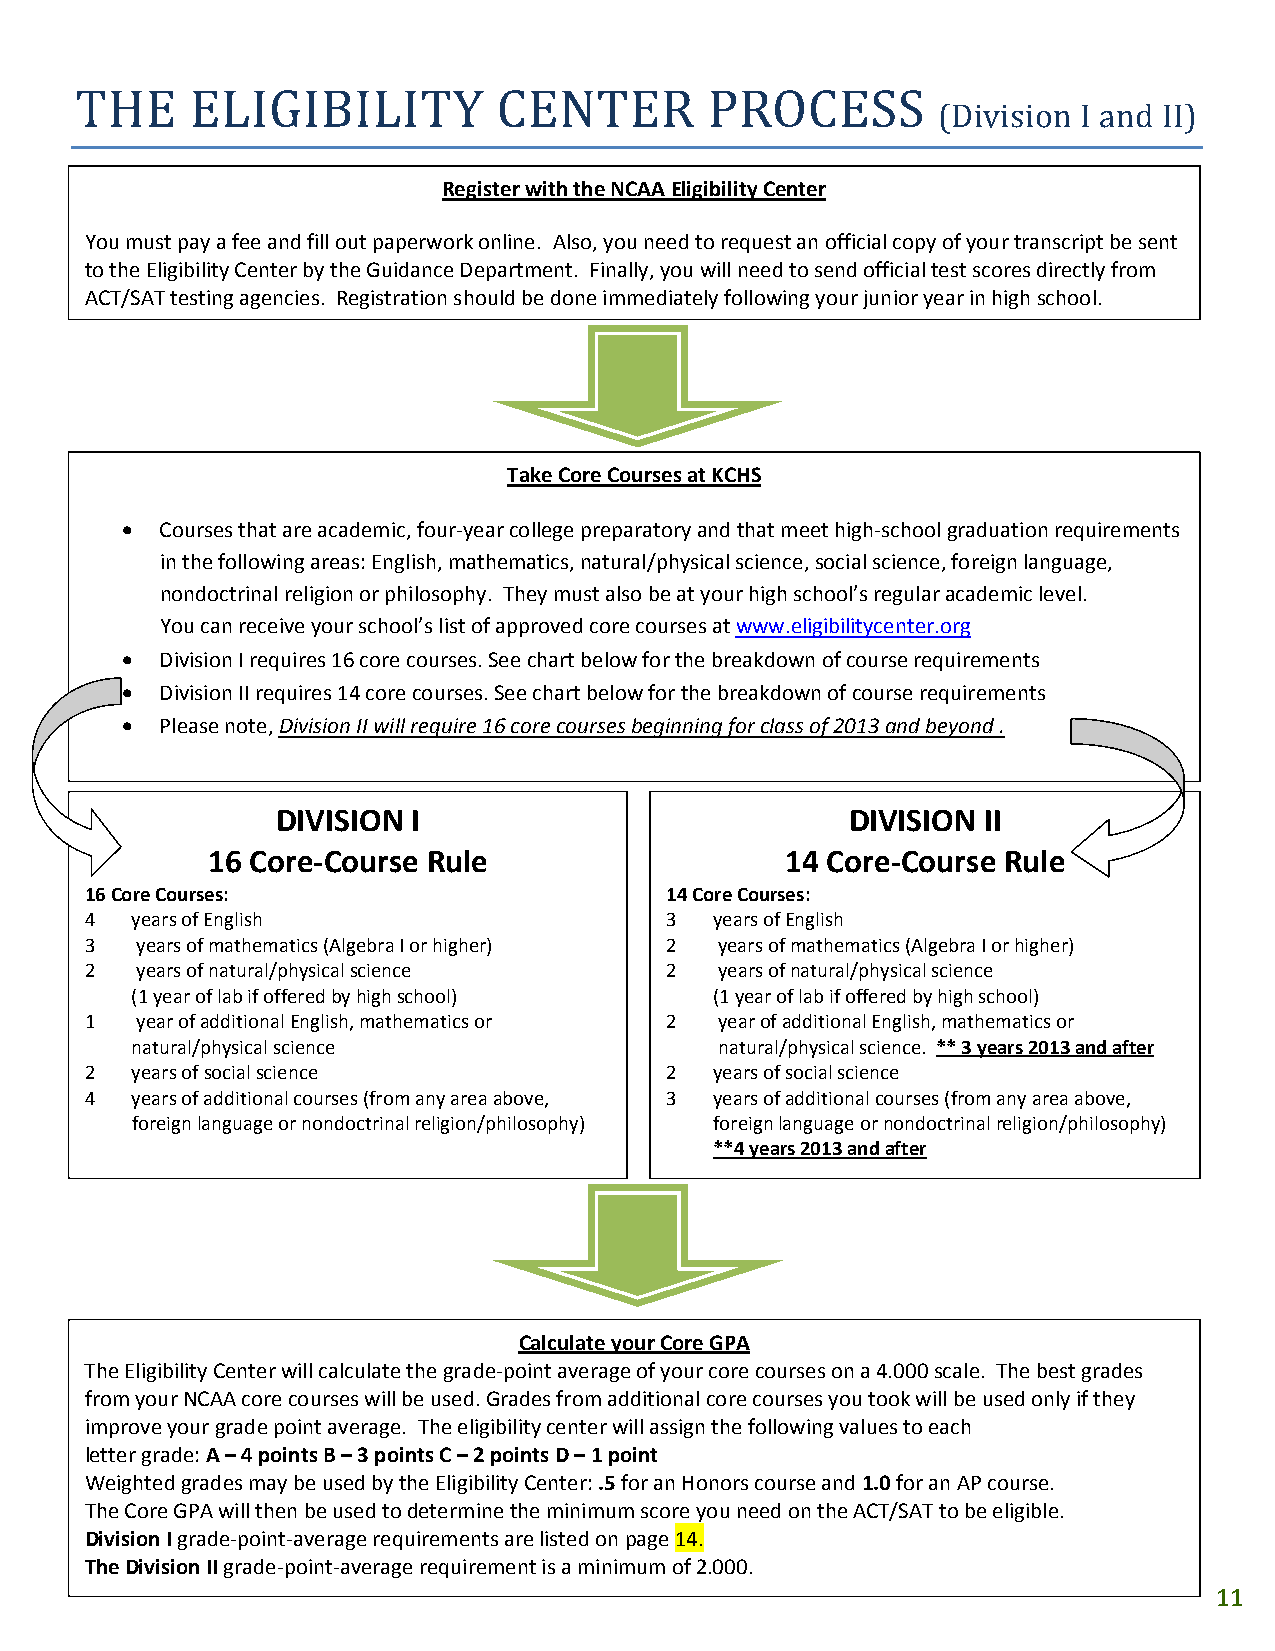
THE     ELIGIBILITY         CENTER        PROCESS
 (Division I and II)
 Register with the NCAA Eligibility Center
 You must pay a fee and fill out paperwork online. Also, you need to request an official copy of your transcript be sent
 to the Eligibility Center by the Guidance Department. Finally, you will need to send official test scores directly from
 ACT/SAT testing agencies. Registration should be done immediately following your junior year in high school.
 Take Core Courses at KCHS
 •  Courses that are academic, four‐year college preparatory and that meet high‐school graduation requirements
 in the following areas: English, mathematics, natural/physical science, social science, foreign language,
 nondoctrinal religion or philosophy. They must also be at your high school’s regular academic level.
 You can receive your school’s list of approved core courses at www.eligibilitycenter.org
 •  Division I requires 16 core courses. See chart below for the breakdown of course requirements
 •  Division II requires 14 core courses. See chart below for the breakdown of course requirements
 •  Please note, Division II will require 16 core courses beginning for class of 2013 and beyond .
 DIVISION I                            DIVISION II
 16 Core‐Course Rule                   14 Core‐Course Rule
 16 Core Courses:                      14 Core Courses:
 4  years of English                   3  years of English
 3  years of mathematics (Algebra I or higher) 2 years of mathematics (Algebra I or higher)
 2  years of natural/physical science  2   years of natural/physical science
 (1 year of lab if offered by high school) (1 year of lab if offered by high school)
 1  year of additional English, mathematics or 2 year of additional English, mathematics or
 natural/physical science               natural/physical science. ** 3 years 2013 and after
 2  years of social science            2  years of social science
 4  years of additional courses (from any area above, 3 years of additional courses (from any area above,
 foreign language or nondoctrinal religion/philosophy) foreign language or nondoctrinal religion/philosophy)
 **4 years 2013 and after
 Calculate your Core GPA
 The Eligibility Center will calculate the grade‐point average of your core courses on a 4.000 scale. The best grades
 from your NCAA core courses will be used. Grades from additional core courses you took will be used only if they
 improve your grade point average. The eligibility center will assign the following values to each
 letter grade: A – 4 points B – 3 points C – 2 points D – 1 point
 Weighted grades may be used by the Eligibility Center: .5 for an Honors course and 1.0 for an AP course.
 The Core GPA will then be used to determine the minimum score you need on the ACT/SAT to be eligible.
 Division I grade‐point‐average requirements are listed on page 14.
 The Division II grade‐point‐average requirement is a minimum of 2.000.
 11